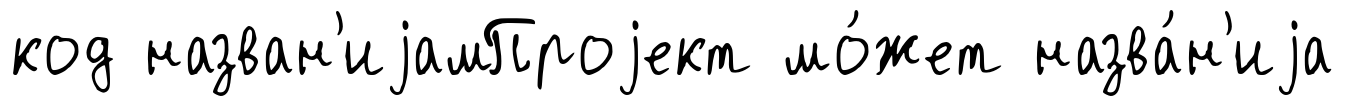
код назван'иjамПроjект мо́жет назва́н'иjа